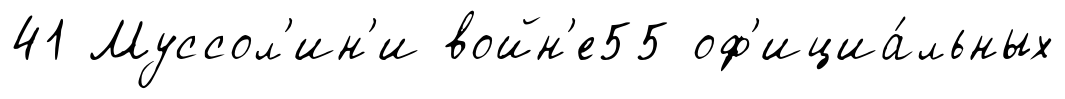
41 Муссол'ин'и войн'е55 оф'ициа́льных